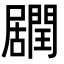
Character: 𨶽